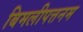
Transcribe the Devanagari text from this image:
बिमलीपत्तनम